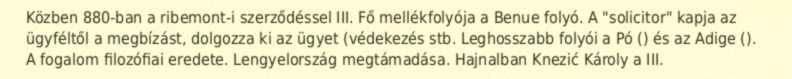
Közben 880-ban a ribemont-i szerződéssel III. Fő mellékfolyója a Benue folyó. A "solicitor" kapja az ügyféltől a megbízást, dolgozza ki az ügyet (védekezés stb. Leghosszabb folyói a Pó () és az Adige (). A fogalom filozófiai eredete. Lengyelország megtámadása. Hajnalban Knezić Károly a III.